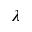
\lambda